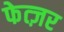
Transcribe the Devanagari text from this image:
फेत्ज़र